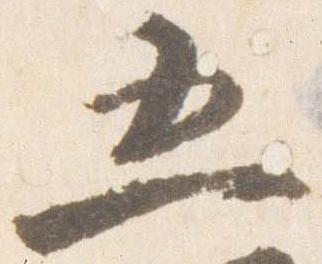
五